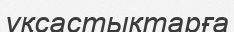
үқсастықтарға